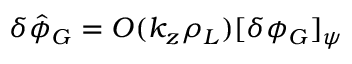
\delta \hat { \phi } _ { G } = { \cal O } ( k _ { z } \rho _ { L } ) [ \delta \phi _ { G } ] _ { \psi }